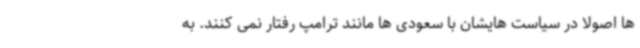
ها اصولا در سیاست هایشان با سعودی ها مانند ترامپ رفتار نمی کنند. به